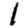
Digit: 1